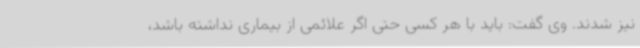
نیز شدند. وی گفت: باید با هر کسی حتی اگر علائمی از بیماری نداشته باشد،